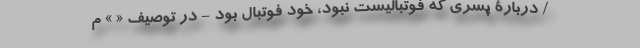
/ دربارۀ پسری که فوتبالیست نبود، خودِ فوتبال بود - در توصیف « » م